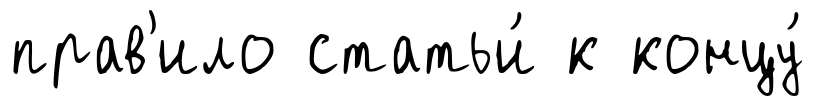
прав'ило статьи́ к концу́